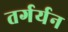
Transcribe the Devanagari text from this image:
तर्गर्यन